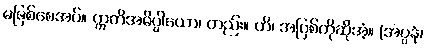
မဖြစ်စေအပ်။ ဣတိအဓိပ္ပါယော၊ တည်း။ ဟိ၊ အပြစ်ကိုဆိုအံ့။ (အပ္ပနံ၊